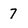
Character: 7